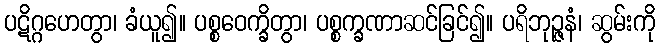
ပဋိဂ္ဂဟေတွာ၊ ခံယူ၍။ ပစ္စဝေက္ခိတွာ၊ ပစ္စက္ခဏာဆင်ခြင်၍။ ပရိဘုဉ္ဇနံ၊ ဆွမ်းကို